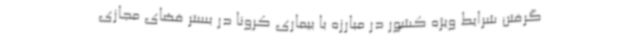
گرفتن شرایط ویژه کشور در مبارزه با بیماری کرونا در بستر فضای مجازی